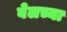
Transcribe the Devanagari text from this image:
वेलच्या